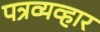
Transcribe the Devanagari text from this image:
पत्रव्यव्हार